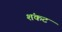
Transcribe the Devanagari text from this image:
शंकट